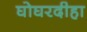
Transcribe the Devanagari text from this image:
घोघरदीहा